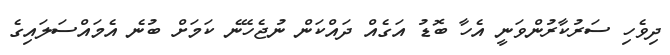
ދިވެހި ސަރުކާރުންވަނީ އެހާ ބޮޑު އަގެއް ދައްކަން ނުޖެހޭނެ ކަމަށް ބުނެ އެމައްސަލައިގެ